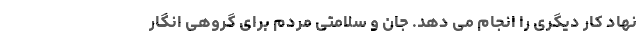
نهاد کار دیگری را انجام می دهد. جان و سلامتی مردم برای گروهی انگار